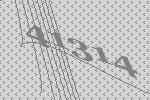
41314